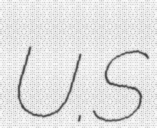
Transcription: U.S